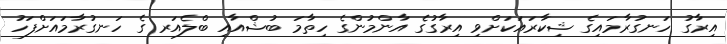
އިރާގު ހަނގުރާމައިގެ ޝިކާރައަކަށްވި އިރާގުގެ އާންމުންގެ ހިތާމަ ބުޝްއާއި ބްލެއަރ ގެ ހަނގުރާމައަށްފަހު